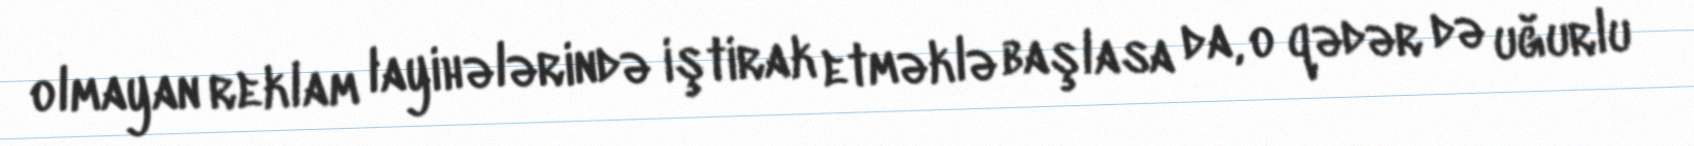
olmayan reklam layihələrində iştirak etməklə başlasa da, o qədər də uğurlu